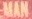
MAN